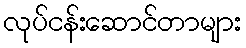
လုပ်ငန်းဆောင်တာများ